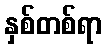
နှစ်တစ်ရာ